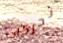
تحركات